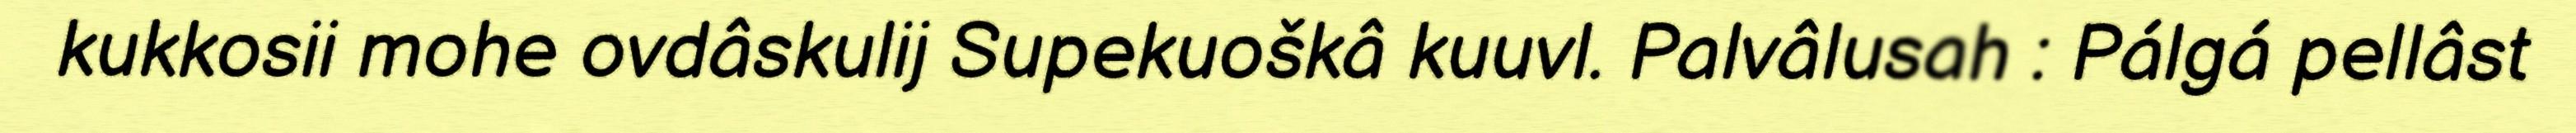
kukkosii mohe ovdâskulij Supekuoškâ kuuvl. Palvâlusah : Pálgá pellâst